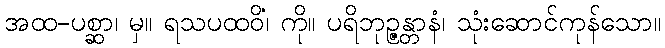
အထ-ပစ္ဆာ၊ မှ။ ရသပထဝိံ၊ ကို။ ပရိဘုဉ္ဇန္တာနံ၊ သုံးဆောင်ကုန်သော။